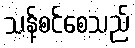
သန့်စင်စေသည်